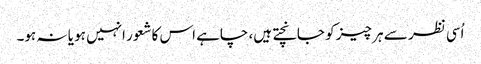
اُسی نظر سے ہر چیز کو جانچتے ہیں، چاہے اس کاشعور انہیں ہو یا نہ ہو۔